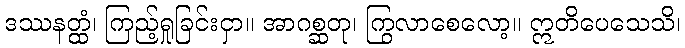
ဒဿနတ္ထံ၊ ကြည့်ရှုခြင်းငှာ။ အာဂစ္ဆတု၊ ကြွလာစေလော့။ ဣတိပေသေသိ၊